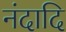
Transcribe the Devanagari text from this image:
नंदादि